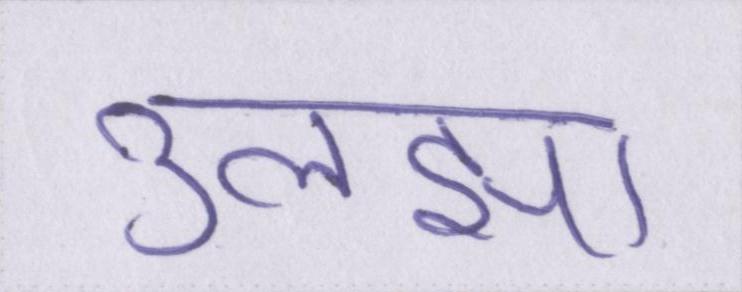
उलझा